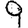
Digit: 9